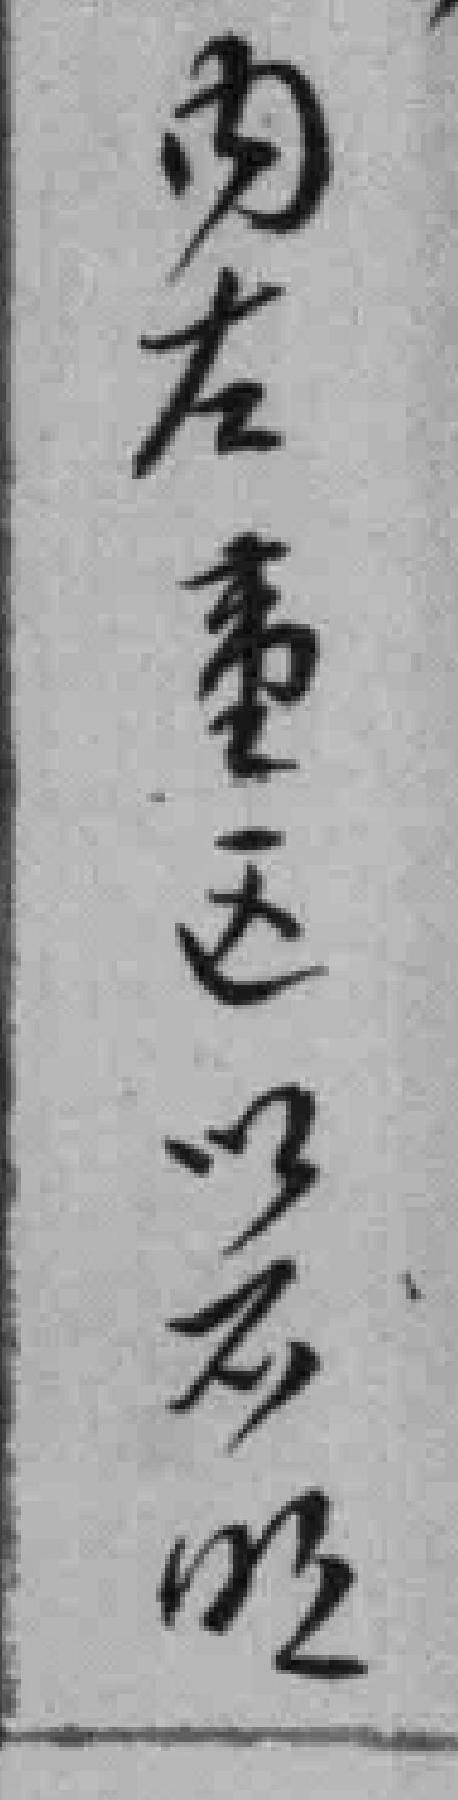
内左壹区以**